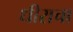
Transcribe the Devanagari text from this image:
धीराचा